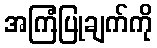
အကြံပြုချက်ကို